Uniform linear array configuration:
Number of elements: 64
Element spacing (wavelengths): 0.5
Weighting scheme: blackman
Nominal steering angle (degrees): -15
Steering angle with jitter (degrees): -15.352
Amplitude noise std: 0.05
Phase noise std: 0.05

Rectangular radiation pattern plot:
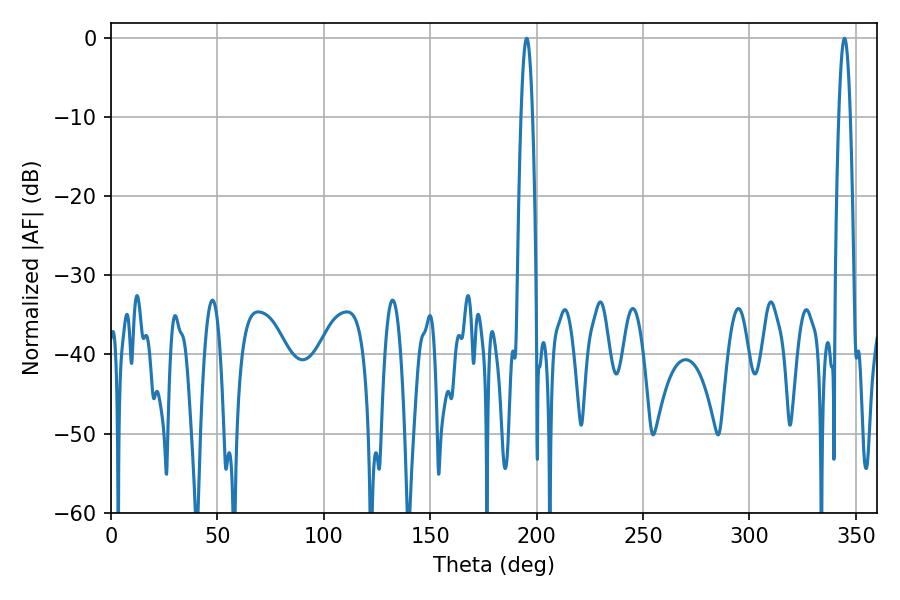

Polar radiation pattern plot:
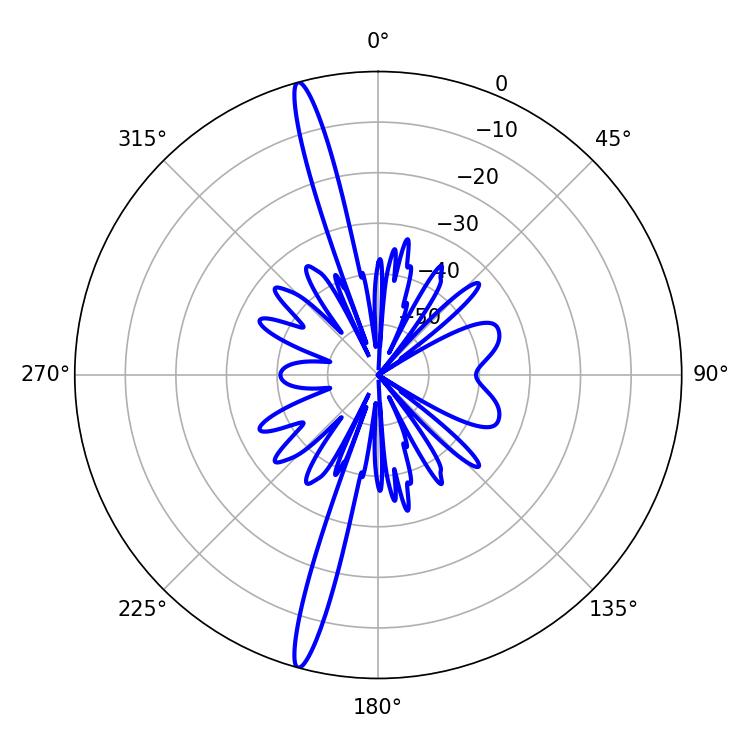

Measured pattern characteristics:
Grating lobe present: FALSE
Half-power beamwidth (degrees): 2.88
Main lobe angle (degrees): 195.3